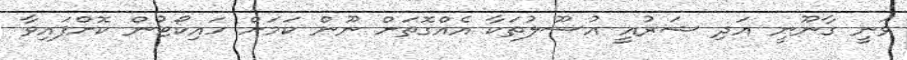
ވަނީ ގާނޫނީ އަދި ޝަރުއީ އުސޫލުތަކާ އެއްގޮތަށް ނޫން ކަމަށް ހައިކޯޓުން ކޮށްފައިވާ